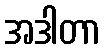
အဒါတာ